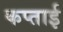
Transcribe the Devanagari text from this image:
कप्ताई